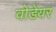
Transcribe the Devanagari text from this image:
वोडेयर